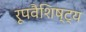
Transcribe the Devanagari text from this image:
रूपवैशिष्ट्य